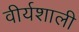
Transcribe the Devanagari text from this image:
वीर्यशाली